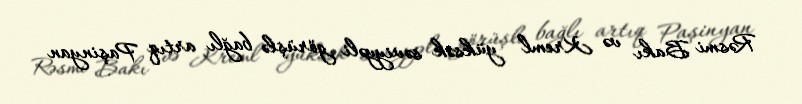
Rəsmi Bakı və Kreml yüksək səviyyəli görüşlə bağlı artıq Paşinyan